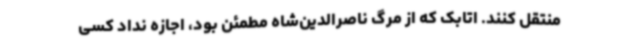
منتقل کنند. اتابک که از مرگ ناصرالدین‌شاه مطمئن بود، اجازه نداد کسی